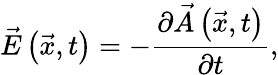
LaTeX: \vec{E}\left(\vec{x},t\right)=-\frac{\partial\vec{A}\left(\vec{x},t\right)}{\partial t},